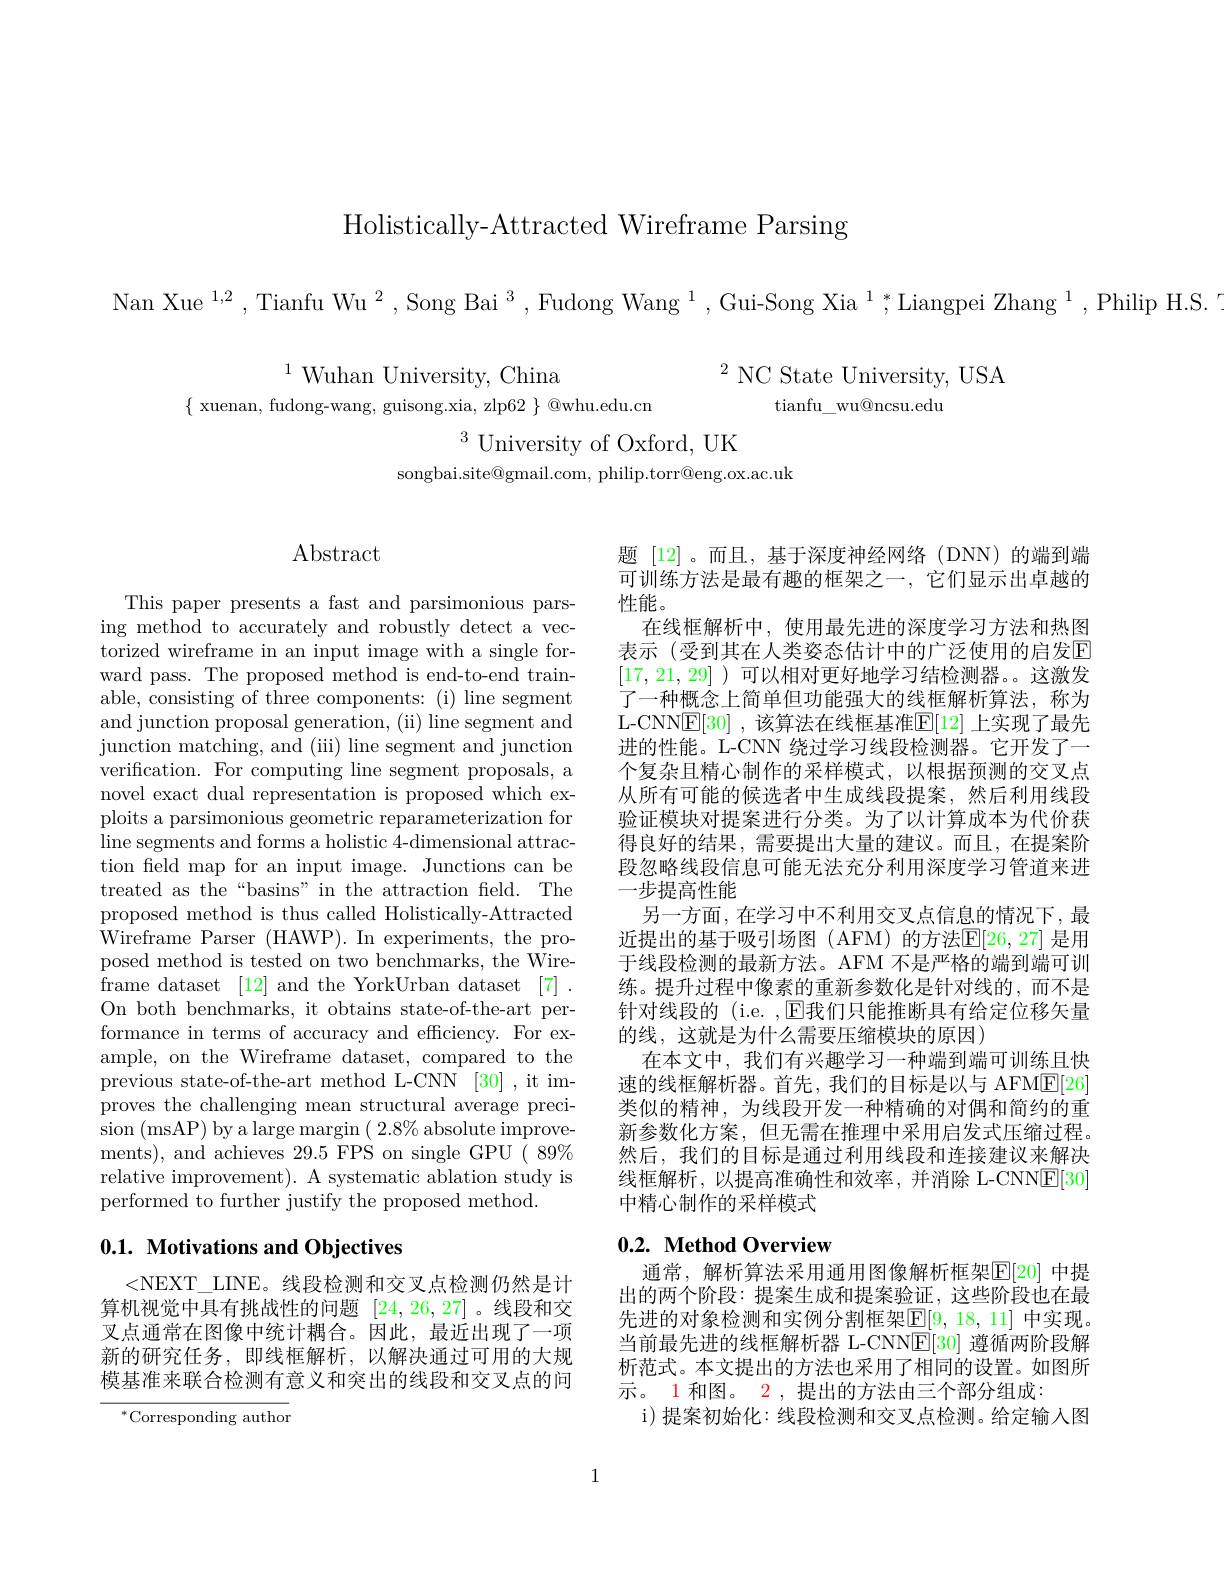
Holistically-Attracted Wireframe Parsing

Nan Xue$^1,2$,Tianfu Wu$^2,\text{Song Bai}^3$,Fudong Wang$^1,\text{Gui-Song Xia}^1$,Liangpei Zhang$^1$,Philip H.S.

$^{2}$ NC State University, USA
$\operatorname{tianfu\_wu@ncsu.edu}$

$^{1}$Wuhan University, China
$\{$ xuenan, fudong-wang, guisong.xia, zlp62 $\}$ @whu.edu.cn
$^{3}$University of Oxford, UK
songbai.site@gmail.com, philip.torr@eng.ox.ac.uk

## Abstract

This paper presents a fast and parsimonious parsing method to accurately and robustly detect a vectorized wireframe in an input image with a single forward pass. The proposed method is end-to-end trainable, consisting of three components: (i) line segment and junction proposal generation, (ii) line segment and junction matching, and (iii) line segment and junction verification. For computing line segment proposals, a novel exact dual representation is proposed which exploits a parsimonious geometric reparameterization for line segments and forms a holistic 4-dimensional attraction feld map for an input image. Junctions can be treated as the“basins”in the attraction field. The proposed method is thus called Holistically-Attracted Wireframe Parser (HAWP). In experiments, the proposed method is tested on two benchmarks, the Wireframe dataset [12] and the YorkUrban dataset [7] . On both benchmarks, it obtains state-of-the-art performance in terms of accuracy and efficiency. For example, on the Wireframe dataset, compared to the previous state-of-the-art method L-CNN [30] ,it improves the challenging mean structural average precision (msAP) by a large margin $(2.8\%$ absolute improvements), and achieves 29.5 FPS on single GPU( 89% relative improvement). A systematic ablation study is performed to further justify the proposed method.

## 0.1. Motivations and Objectives

<NEXT\_LINE。线段检测和交叉点检测仍然是计算机视觉中具有挑战性的问题[24,26,27]。线段和交叉点通常在图像中统计耦合。因此，最近出现了一项新的研究任务，即线框解析，以解决通过可用的大规模基准来联合检测有意义和突出的线段和交叉点的问

$^{*}$Corresponding author

题[12]。而且，基于深度神经网络(DNN)的端到端可训练方法是最有趣的框架之一，它们显示出卓越的性能。
在线框解析中，使用最先进的深度学习方法和热图表示 (受到其在人类姿态估计中的广泛使用的启发E [17,21,29] )可以相对更好地学习结检测器。。这激发了一种概念上简单但功能强大的线框解析算法，称为L-CNN$\underline{\mathrm{E}}[30]$ ,该算法在线框基准$\underline{\mathrm{E}}[12]$ 上实现了最先进的性能。L-CNN 绕过学习线段检测器。它开发了一个复杂且精心制作的采样模式，以根据预测的交叉点从所有可能的候选者中生成线段提案，然后利用线段验证模块对提案进行分类。为了以计算成本为代价获得良好的结果，需要提出大量的建议。而且，在提案阶段忽略线段信息可能无法充分利用深度学习管道来进一步提高性能
另一方面，在学习中不利用交叉点信息的情况下，最近提出的基于吸引场图(AFM)的方法$\mathbb{E}[26,27]$ 是用于线段检测的最新方法。AFM 不是严格的端到端可训练。提升过程中像素的重新参数化是针对线的，而不是针对线段的 (i.e. ,$\mathbb{E}$我们只能推断具有给定位移矢量的线，这就是为什么需要压缩模块的原因)
在本文中，我们有兴趣学习一种端到端可训练且快速的线框解析器。首先，我们的目标是以与 AFME[26] 类似的精神，为线段开发一种精确的对偶和简约的重新参数化方案，但无需在推理中采用启发式压缩过程。然后，我们的目标是通过利用线段和连接建议来解决线框解析，以提高准确性和效率，并消除 L-CNNE[30] 中精心制作的采样模式

## $0. 2. \textbf{ Method Overview}$

通常，解析算法采用通用图像解析框架$\mathbb{E}[20]$ 中提出的两个阶段：提案生成和提案验证，这些阶段也在最先进的对象检测和实例分割框架$\mathbb{E}[9,18,11]$ 中实现。当前最先进的线框解析器 L-CNNE[30] 遵循两阶段解析范式。本文提出的方法也采用了相同的设置。如图所示。1 和图。2 , 提出的方法由三个部分组成：
i)提案初始化：线段检测和交叉点检测。给定输入图

1